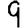
Digit: 9